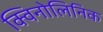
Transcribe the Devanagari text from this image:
क्विनोलिनिक